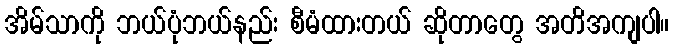
အိမ်သာကို ဘယ်ပုံဘယ်နည်း စီမံထားတယ် ဆိုတာတွေ အတိအကျပါ။